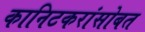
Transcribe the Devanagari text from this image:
कानिटकरांसोबत